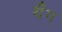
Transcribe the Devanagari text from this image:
यँग